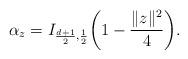
LaTeX: \begin{align*}\alpha_z = I_{\frac{d+1}{2},\frac{1}{2}} \biggl(1- \frac{\|z\|^2}{4}\biggr).\end{align*}